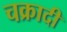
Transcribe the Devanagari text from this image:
चक्रादी